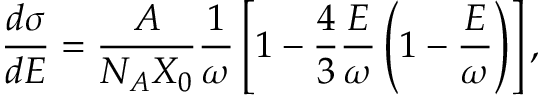
\frac { d \sigma } { d E } = \frac { A } { N _ { A } X _ { 0 } } \frac { 1 } { \omega } \left[ 1 - \frac { 4 } { 3 } \frac { E } { \omega } \left( 1 - \frac { E } { \omega } \right) \right] ,